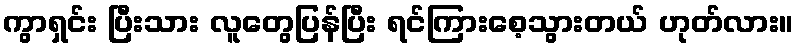
ကွာရှင်း ပြီးသား လူတွေပြန်ပြီး ရင်ကြားစေ့သွားတယ် ဟုတ်လား။